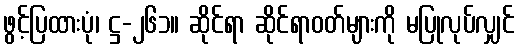
ဖွင့်ပြထားပုံ၊ ဋ္ဌ-၂၆၁။ ဆိုင်ရာ ဆိုင်ရာဝတ်များကို မပြုလုပ်လျှင်